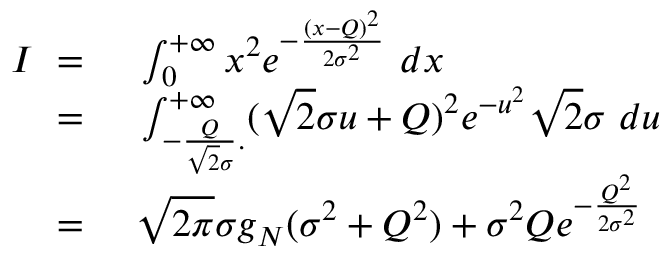
\begin{array} { r l } { I \ = \ } & { { } \int _ { 0 } ^ { + \infty } x ^ { 2 } e ^ { - \frac { ( x - Q ) ^ { 2 } } { 2 \sigma ^ { 2 } } } \ d x } \\ { \ = \ } & { { } \int _ { - \frac { Q } { \sqrt { 2 } \sigma } . } ^ { + \infty } ( \sqrt { 2 } \sigma u + Q ) ^ { 2 } e ^ { - u ^ { 2 } } \sqrt { 2 } \sigma \ d u } \\ { \ = \ } & { { } \sqrt { 2 \pi } \sigma g _ { N } ( \sigma ^ { 2 } + Q ^ { 2 } ) + \sigma ^ { 2 } Q e ^ { - \frac { Q ^ { 2 } } { 2 \sigma ^ { 2 } } } } \end{array}